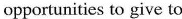
opportunities to give to